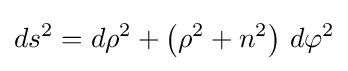
ds^{2}=d\rho ^{2}+\left(\rho ^{2}+n^{2}\right)\,d\varphi ^{2}